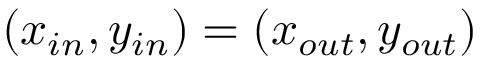
( x _ { i n } , y _ { i n } ) = ( x _ { o u t } , y _ { o u t } )